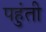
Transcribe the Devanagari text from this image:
पहुंती